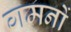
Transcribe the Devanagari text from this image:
गमनों